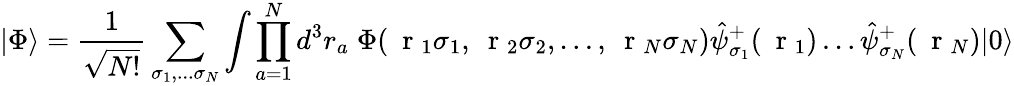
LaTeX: |\Phi\rangle=\frac{1}{\sqrt{N!}}\sum_{\sigma_{1},...\sigma_{N}}\int\prod_{a=1}^{N}d^{3}r_{a}\; \Phi(\mathrm{~\mathbf~r~}_{1}\sigma_{1},\mathrm{~\mathbf~r~}_{2}\sigma_{2},\dots,\mathrm{~\mathbf~r~}_{N}\sigma_{N})\hat{\psi}_{\sigma_{1}}^{+}(\mathrm{~\mathbf~r~}_{1})\dots\hat{\psi}_{\sigma_{N}}^{+}(\mathrm{~\mathbf~r~}_{N})|0\rangle